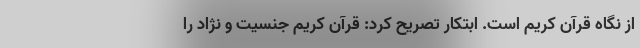
از نگاه قرآن کریم است. ابتکار تصریح کرد: قرآن کریم جنسیت و نژاد را